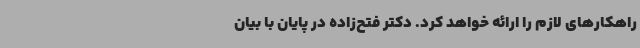
راهکارهای لازم را ارائه خواهد کرد. دکتر فتح‌زاده در پایان با بیان